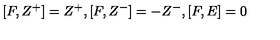
[ F , Z ^ { + } ] = Z ^ { + } , [ F , Z ^ { - } ] = - Z ^ { - } , [ F , E ] = 0